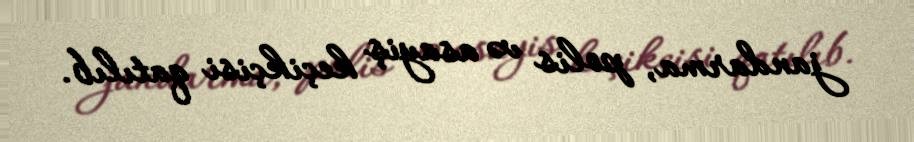
jandarma, polis və asayiş keçikçisi qatılıb.